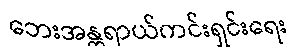
ဘေးအန္တရာယ်ကင်းရှင်းရေး